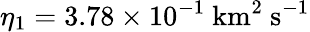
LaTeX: \eta_{1}=3.78\times 10^{-1}\ \mathrm{km^{2}\ s^{-1}}